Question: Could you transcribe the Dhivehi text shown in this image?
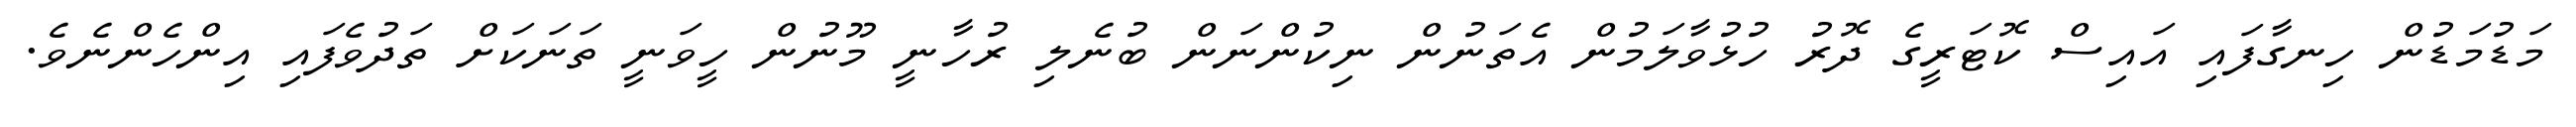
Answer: މަޑުމަޑުން ހިނގާފައި އައިސް ކޮޓަރީގެ ދޮރު ހުޅުވާލަމުން އެތަނުން ނިކުންނަން ބުނެލި ރުހާނީ މޫނުން ހީވަނީ ތަނަކަށް ތަދުވެފައި އިންހެންނެވެ.